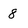
Character: 8